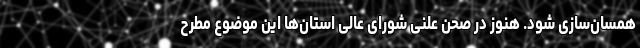
همسان‌سازی شود. هنوز در صحن علنی شورای عالی استان‌ها این موضوع مطرح